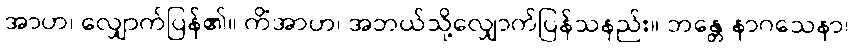
အာဟ၊ လျှောက်ပြန်၏။ ကိံအာဟ၊ အဘယ်သို့လျှောက်ပြန်သနည်း။ ဘန္တေ နာဂသေနာ၊